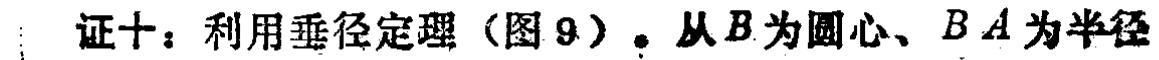
证十：利用垂径定理（图 9）。从\(B\)为圆心、\(BA\)为半径